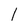
Character: I